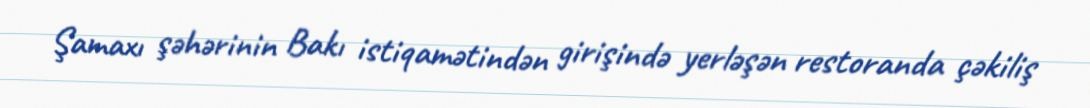
Şamaxı şəhərinin Bakı istiqamətindən girişində yerləşən restoranda çəkiliş